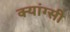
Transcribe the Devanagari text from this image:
क्यांग्सी